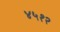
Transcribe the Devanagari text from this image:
४५१२